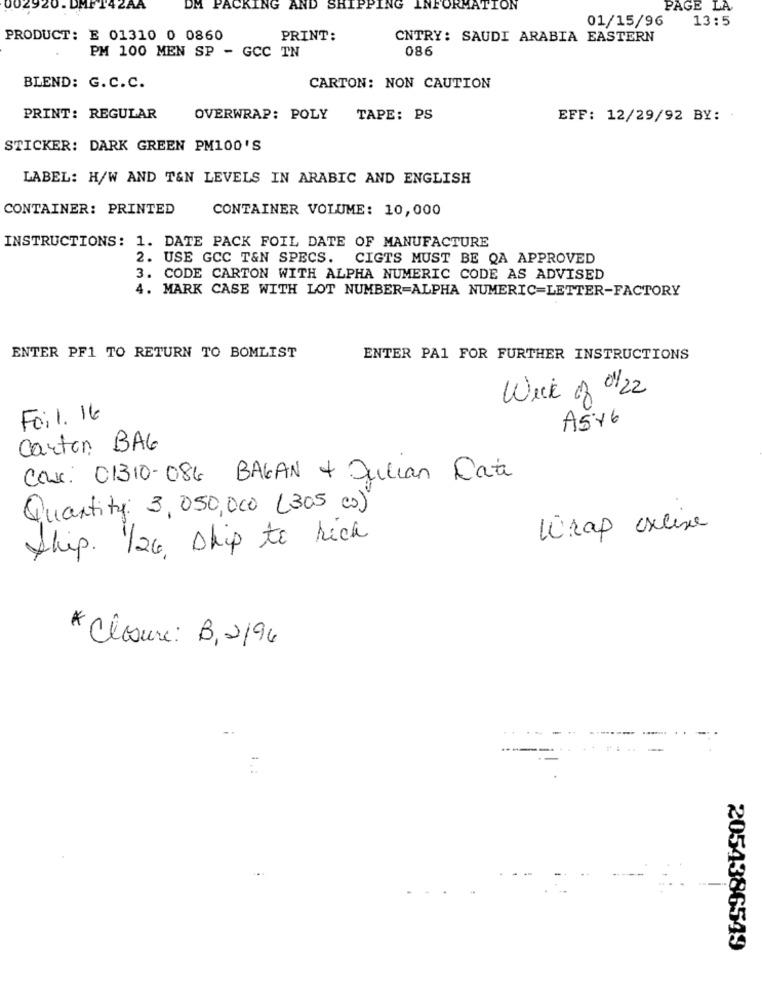
DM PACKIN
AND SHIPP!
INFORMATION
PAGE LA
01/15/96
13:5
PRODUCT: E 01310 0 0860
PRINT:
CNTRY: SAUDI ARABIA EASTERN
PM 100 MEN SP - GCC TN
086
BLEND: G. C. C.
CARTON: NON CAUTION
PRINT: REGULAR
OVERWRAP: POLY
TAPE: PS
EFF: 12/29/92 BY:
STICKER: DARK GREEN PM100'S
LABEL: H/W AND T&N LEVELS IN ARABIC AND ENGLISH
CONTAINER: PRINTED
CONTAINER VOLUME: 10,000
INSTRUCTIONS: 1. DATE PACK FOIL DATE OF MANUFACTURE
2. USE GCC T&N SPECS. CIGTS MUST BE QA APPROVED
3. CODE CARTON WITH ALPHA NUMERIC CODE AS ADVISED
4. MARK CASE WITH LOT NUMBER=ALPHA NUMERIC=LETTER-FACTORY
ENTER PF1 TO RETURN TO BOMLIST
ENTER PA1 FOR FURTHER INSTRUCTIONS
Week of 01/2
Foil. 16
A5 46
Carton BAG
Cas: 01310-086 BALAN + Julian Date
Quantity: 3, 050,000 (305 c)
Wrap exline
Ship. 1/24, ship to rich
* Closure: B,2/96
2054386549